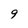
Character: g